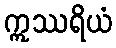
ဣဿရိယံ